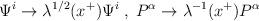
LaTeX: \begin{align*}\Psi^i \rightarrow \lambda^{1/2} (x^+) \Psi^i\;,\; P^{\alpha}\rightarrow \lambda^{-1} (x^+) P^\alpha\end{align*}